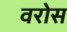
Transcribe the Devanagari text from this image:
वरोस